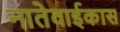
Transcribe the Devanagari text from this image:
नातेवाईकास